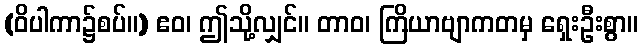
(ဝိပါကာ၌စပ်။) ဧဝ၊ ဤသို့လျှင်။ တာဝ၊ ကြိယာဗျာကတမှ ရှေးဦးစွာ။